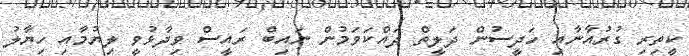
ކީތިރި ގުރުއާނާއި ހަދީސުން ދަލީތް ދައްކަވަމުން ނައިބް ރައީސް ވިދާޅުވީ ލިޔުމާއި ހިޔާލު